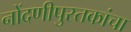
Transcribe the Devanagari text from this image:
नोंदणीपुस्तकांचा